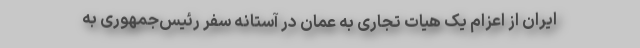
ایران از اعزام یک هیات تجاری به عمان در آستانه سفر رئیس‌جمهوری به